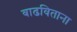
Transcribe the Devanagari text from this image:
वाढविताना